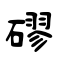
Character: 磟